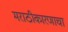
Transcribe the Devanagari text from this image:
मराठीकारणाचा